Report on sanitation, dispensaries, and jails in Rajputana for 1917, and on vaccination for the year 1917-1918 - 1917-1918
Year: 1917
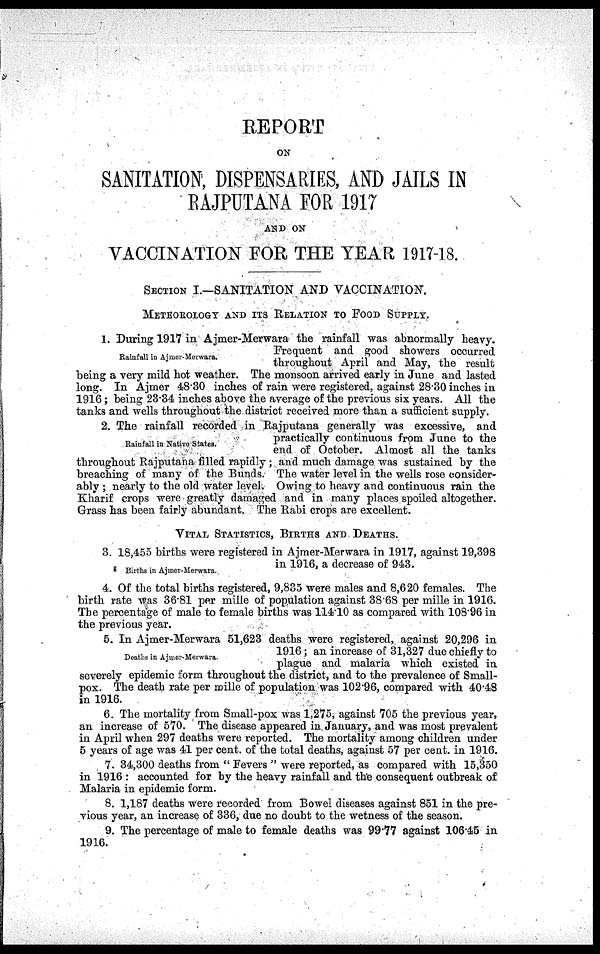
REPORT
ON
SANITATION, DISPENSARIES, AND JAILS IN
RAJPUTANA FOR 1917
AND ON
VACCINATION FOR THE YEAR 1917-18.
SECTION I.—SANITATION AND VACCINATION.
METROROLOGY AND ITS RELATION TO FOOD SUPPLY.
Rainfall in Ajmer-Merwara.
1. During 1917 in Ajmer-Merwara the rainfall was abnormally heavy.
Frequent and good showers occurred
throughout April and May, the result
being a very mild hot weather. The monsoon arrived early in June and lasted
long. In Ajmer 48.30 inches of rain were registered, against 28.30 inches in
1916; being 23.34 inches above the average of the previous six years. All the
tanks and wells throughout the district received more than a sufficient supply.
Rainfall in Native States.
2. The rainfall recorded in Rajputana generally was excessive, and
practically continuous from June to the
end of October. Almost all the tanks
throughout Rajputana filled rapidly ; and much damage was sustained by the
breaching of many of the Bunds. The water level in the wells rose consider-
ably ; nearly to the old water level. Owing to heavy and continuous rain the
Kharif crops were greatly damaged and in many places spoiled altogether.
Grass has been fairly abundant. The Rabi crops are excellent.
VITAL STATISTICS, BIRTHS AND DEATHS.
Births in Ajmer-Merwara.
3. 18,455 births were registered in Ajmer-Merwara in 1917, against 19,398
in 1916, a decrease of 943.
4. Of the total births registered, 9,835 were males and 8,620 females. The
birth rate was 36.81 per mille of population against 38.68 per mille in 1916.
The percentage of male to female births was 114.10 as compared with 108.96 in
the previous year.
Deaths in Ajmer-Merwara.
5. In Ajmer-Merwara 51,623 deaths were registered, against 20,296 in
1916; an increase of 31,327 due chiefly to
plague and malaria which existed in
severely epidemic form throughout the district, and to the prevalence of Small-
pox. The death rate per mille of population was 102.96, compared with 40.48
in 1916.
6. The mortality from Small-pox was 1,275, against 705 the previous year,
an increase of 570. The disease appeared in January, and was most prevalent
in April when 297 deaths were reported. The mortality among children under
5 years of age was 41 per cent. of the total deaths, against 57 per cent. in 1916.
7. 34,300 deaths from " Fevers " were reported, as compared with 15,350
in 1916 : accounted for by the heavy rainfall and the consequent outbreak of
Malaria in epidemic form.
8. 1,187 deaths were recorded from Bowel diseases against 851 in the pre-
vious year, an increase of 336, due no doubt to the wetness of the season.
9. The percentage of male to female deaths was 99.77 against 106.45 in
1916.